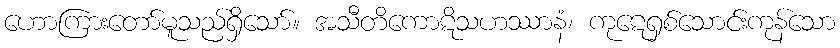
ဟောကြားတော်မူသည်ရှိသော်။ အသီတိကောဋိသဟဿာနံ၊ ကုဋေရှစ်သောင်းကုန်သော